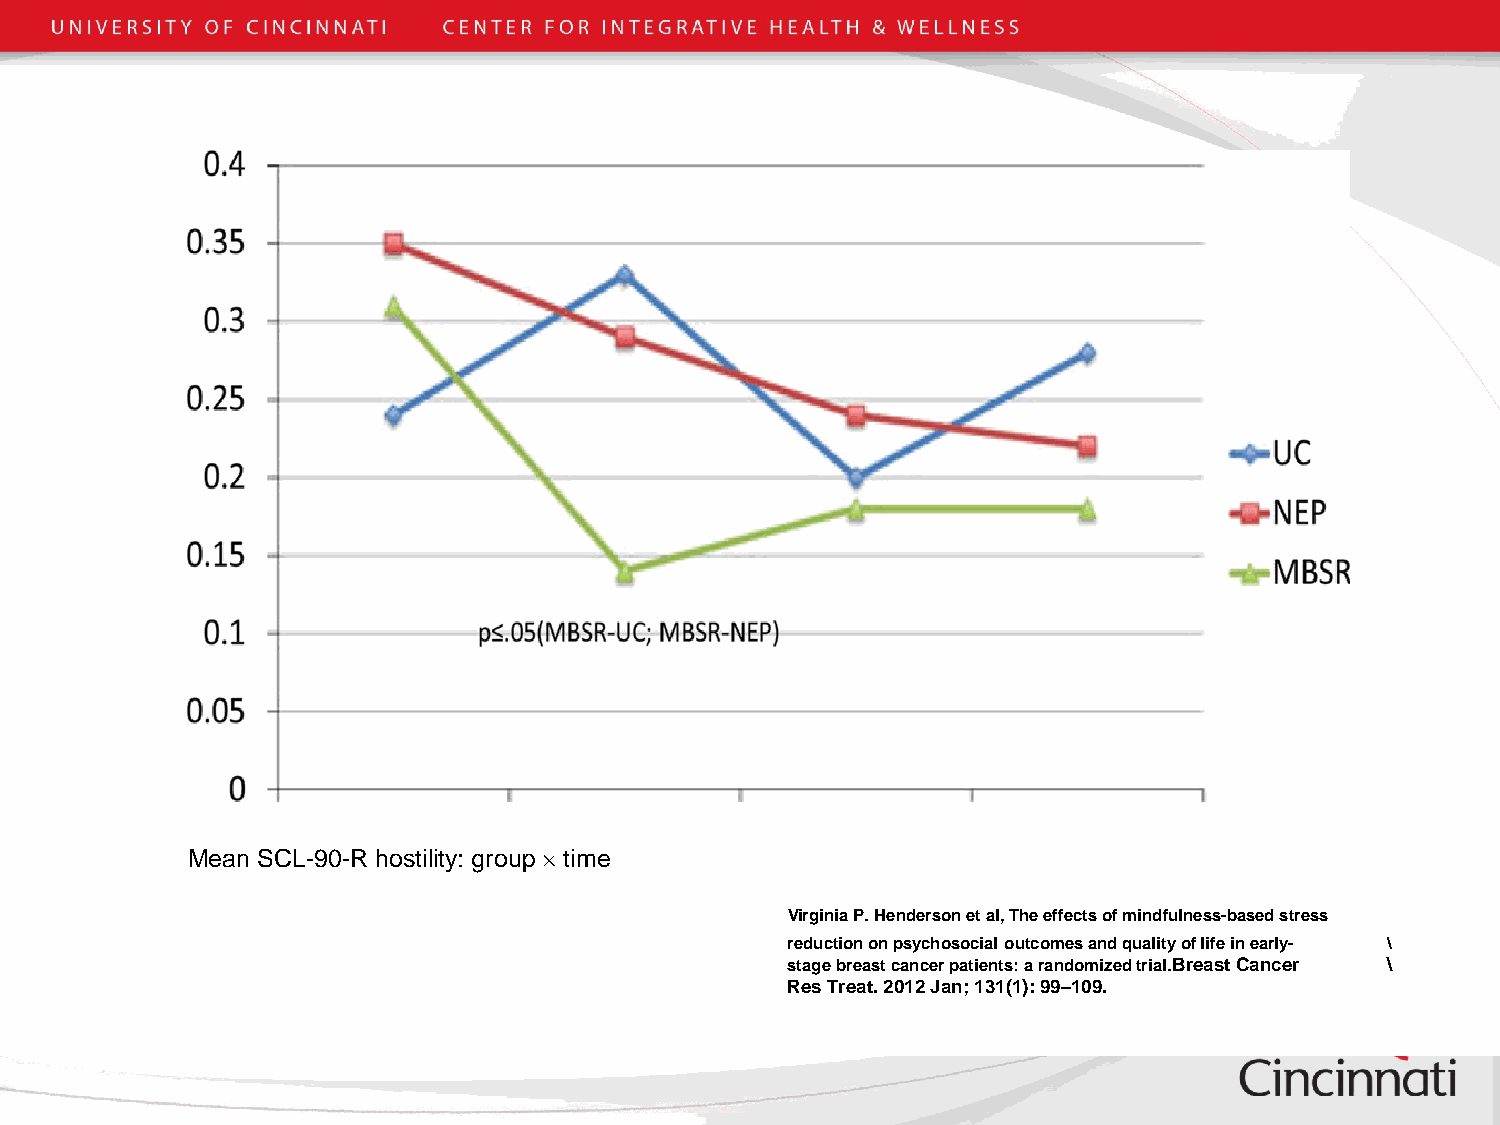
Mean SCL-90-R hostility: group × time
 Virginia P. Henderson et al, The effects of mindfulness-based stress
 reduction on psychosocial outcomes and quality of life in early- \
 stage breast cancer patients: a randomized trial.Breast Cancer \
 Res Treat. 2012 Jan; 131(1): 99–109.